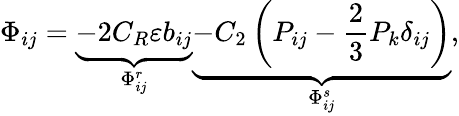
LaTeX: \Phi_{ij}=\underbrace{-2C_{R}\varepsilon b_{ij}}_{\Phi_{ij}^{r}}\underbrace{-C_{2}\left(P_{ij}-\frac{2}{3}P_{k}\delta_{ij}\right)}_{\Phi_{ij}^{s}},